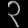
Digit: ၃